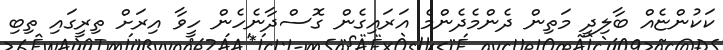
ކަކުންޏެއް ބާލިދީ މަތިން ދެންމެދެންމެ އަރައިގެން ގޮސްދާނެހެން ހީވާ އިރަށް ތިރީގައި ތިބި